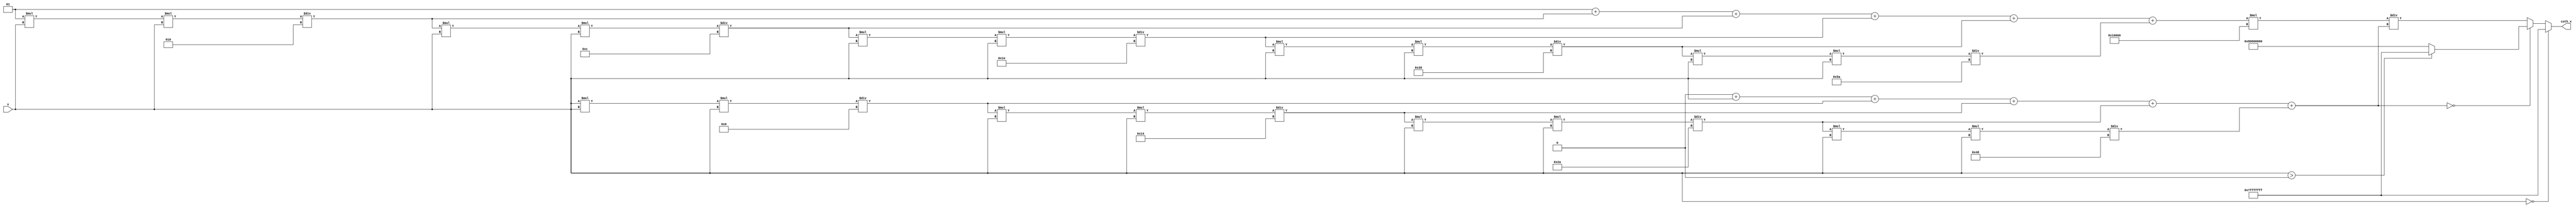
module coth (
    input wire signed [31:0] x,        // Input: fixed-point representation of x
    output reg signed [31:0] coth_x    // Output: fixed-point representation of coth(x)
);

    // Constants for fixed-point representation
    parameter FIXED_POINT_FRACTIONAL_BITS = 16;
    parameter MAX_VAL = 32'h7FFFFFFF; // Maximum value for signed 32-bit
    parameter MIN_VAL = 32'h80000000; // Minimum value for signed 32-bit

    // Internal signals for cosh and sinh
    reg signed [31:0] cosh_x;
    reg signed [31:0] sinh_x;

    // Function to calculate cosh using Taylor series expansion
    function signed [31:0] calculate_cosh(input signed [31:0] x);
        reg signed [31:0] term;
        reg signed [31:0] sum;
        integer i;
        begin
            sum = 32'h00000001; // cosh(0) = 1
            term = 32'h00000001; // First term of the series
            for (i = 2; i <= 10; i = i + 2) begin // Calculate up to 10 terms
                term = (term * x * x) / (i * (i - 1)); // x^2/n!
                sum = sum + term;
            end
            calculate_cosh = sum;
        end
    endfunction

    // Function to calculate sinh using Taylor series expansion
    function signed [31:0] calculate_sinh(input signed [31:0] x);
        reg signed [31:0] term;
        reg signed [31:0] sum;
        integer i;
        begin
            sum = 32'h00000000; // sinh(0) = 0
            term = x; // First term of the series
            for (i = 1; i <= 9; i = i + 2) begin // Calculate up to 10 terms
                sum = sum + term;
                term = (term * x * x) / ((i + 1) * (i + 2)); // x^3/(n!)
            end
            calculate_sinh = sum;
        end
    endfunction

    always @(*) begin
        // Handle special case for x = 0
        if (x == 32'h00000000) begin
            coth_x = MAX_VAL; // Return a large positive value
        end else begin
            // Compute cosh(x) and sinh(x)
            cosh_x = calculate_cosh(x);
            sinh_x = calculate_sinh(x);

            // Handle overflow and underflow
            if (sinh_x == 32'h00000000) begin
                coth_x = (x > 32'h00000000) ? MAX_VAL : MIN_VAL; // Return large values based on sign
            end else begin
                // Calculate coth(x) = cosh(x) / sinh(x)
                coth_x = (cosh_x * (32'h00010000)) / sinh_x; // Scale to maintain precision
            end
        end
    end

endmodule